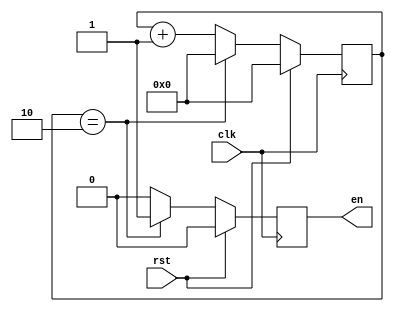
/* source file for a clock divider
 in file clock_divider.v
 designed by: Daniel Proao
              Pedro Faria
 */

`timescale 1ns / 1ps

// Counter based
module clock_divider #(
	parameter div_value = 2 // Pulses to be counted before generating the enable signal
)(
		     input clk, // 100 MHz
		     input rst, // Reset value
		     output reg en// Counter value
		     );

   reg [3:0]  counter_value;
   
   // counter
   always@ (posedge clk) begin
      if (rst) begin
	 counter_value <= 0;
         en <= 0;
      end
      else begin      
	 if (counter_value == div_value) begin
	    counter_value <= 0;
	    en <= 1;
	  end
	 else begin
	    counter_value <= counter_value + 1;
	    en <= 0;
	 end
      end 
   end
endmodule // clock_divider